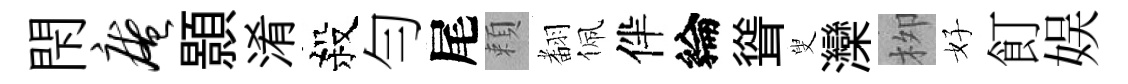
閇庵顥淆殺勻尾頼𮋒佩伴綸聳叟灤栁好飣娱